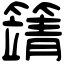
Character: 𥴰